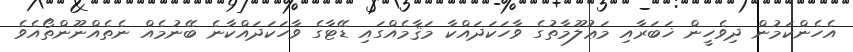
އެހެންކަމުން ދިވެހީން ޚަބަރާއި މަޢުލޫމާތުގެ ވާހަކަދައްކާ މަޤާމެއްގައި ޑޭޓާގެ ވާހަކަދައްކާނެ ބޭނުމެއް ނެތެއްނޫންތޯއެވެ